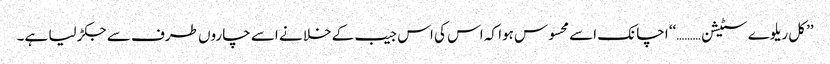
’’کل ریلوے سٹیشن ………‘‘ اچانک اسے محسوس ہوا کہ اس کی اس جیب کے خلا نے اسے چاروں طرف سے جکڑ لیا ہے۔